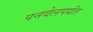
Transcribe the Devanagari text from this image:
पनवेलपर्यंत